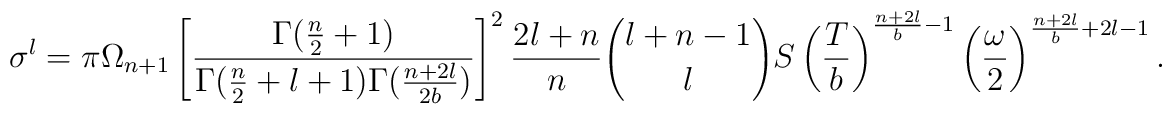
\sigma^l = \pi \Omega_{n+1} \left[{\Gamma({n\over 2}+1)\over \Gamma({n\over 2}+l+1)\Gamma({n+2l\over 2b})}\right]^2 {2l+n\over n}{l+n-1\choose l} S\left({T\over b}\right)^{{n+2l\over b}-1}\left({\omega\over 2}\right)^{{n+2l\over b}+2l-1}.